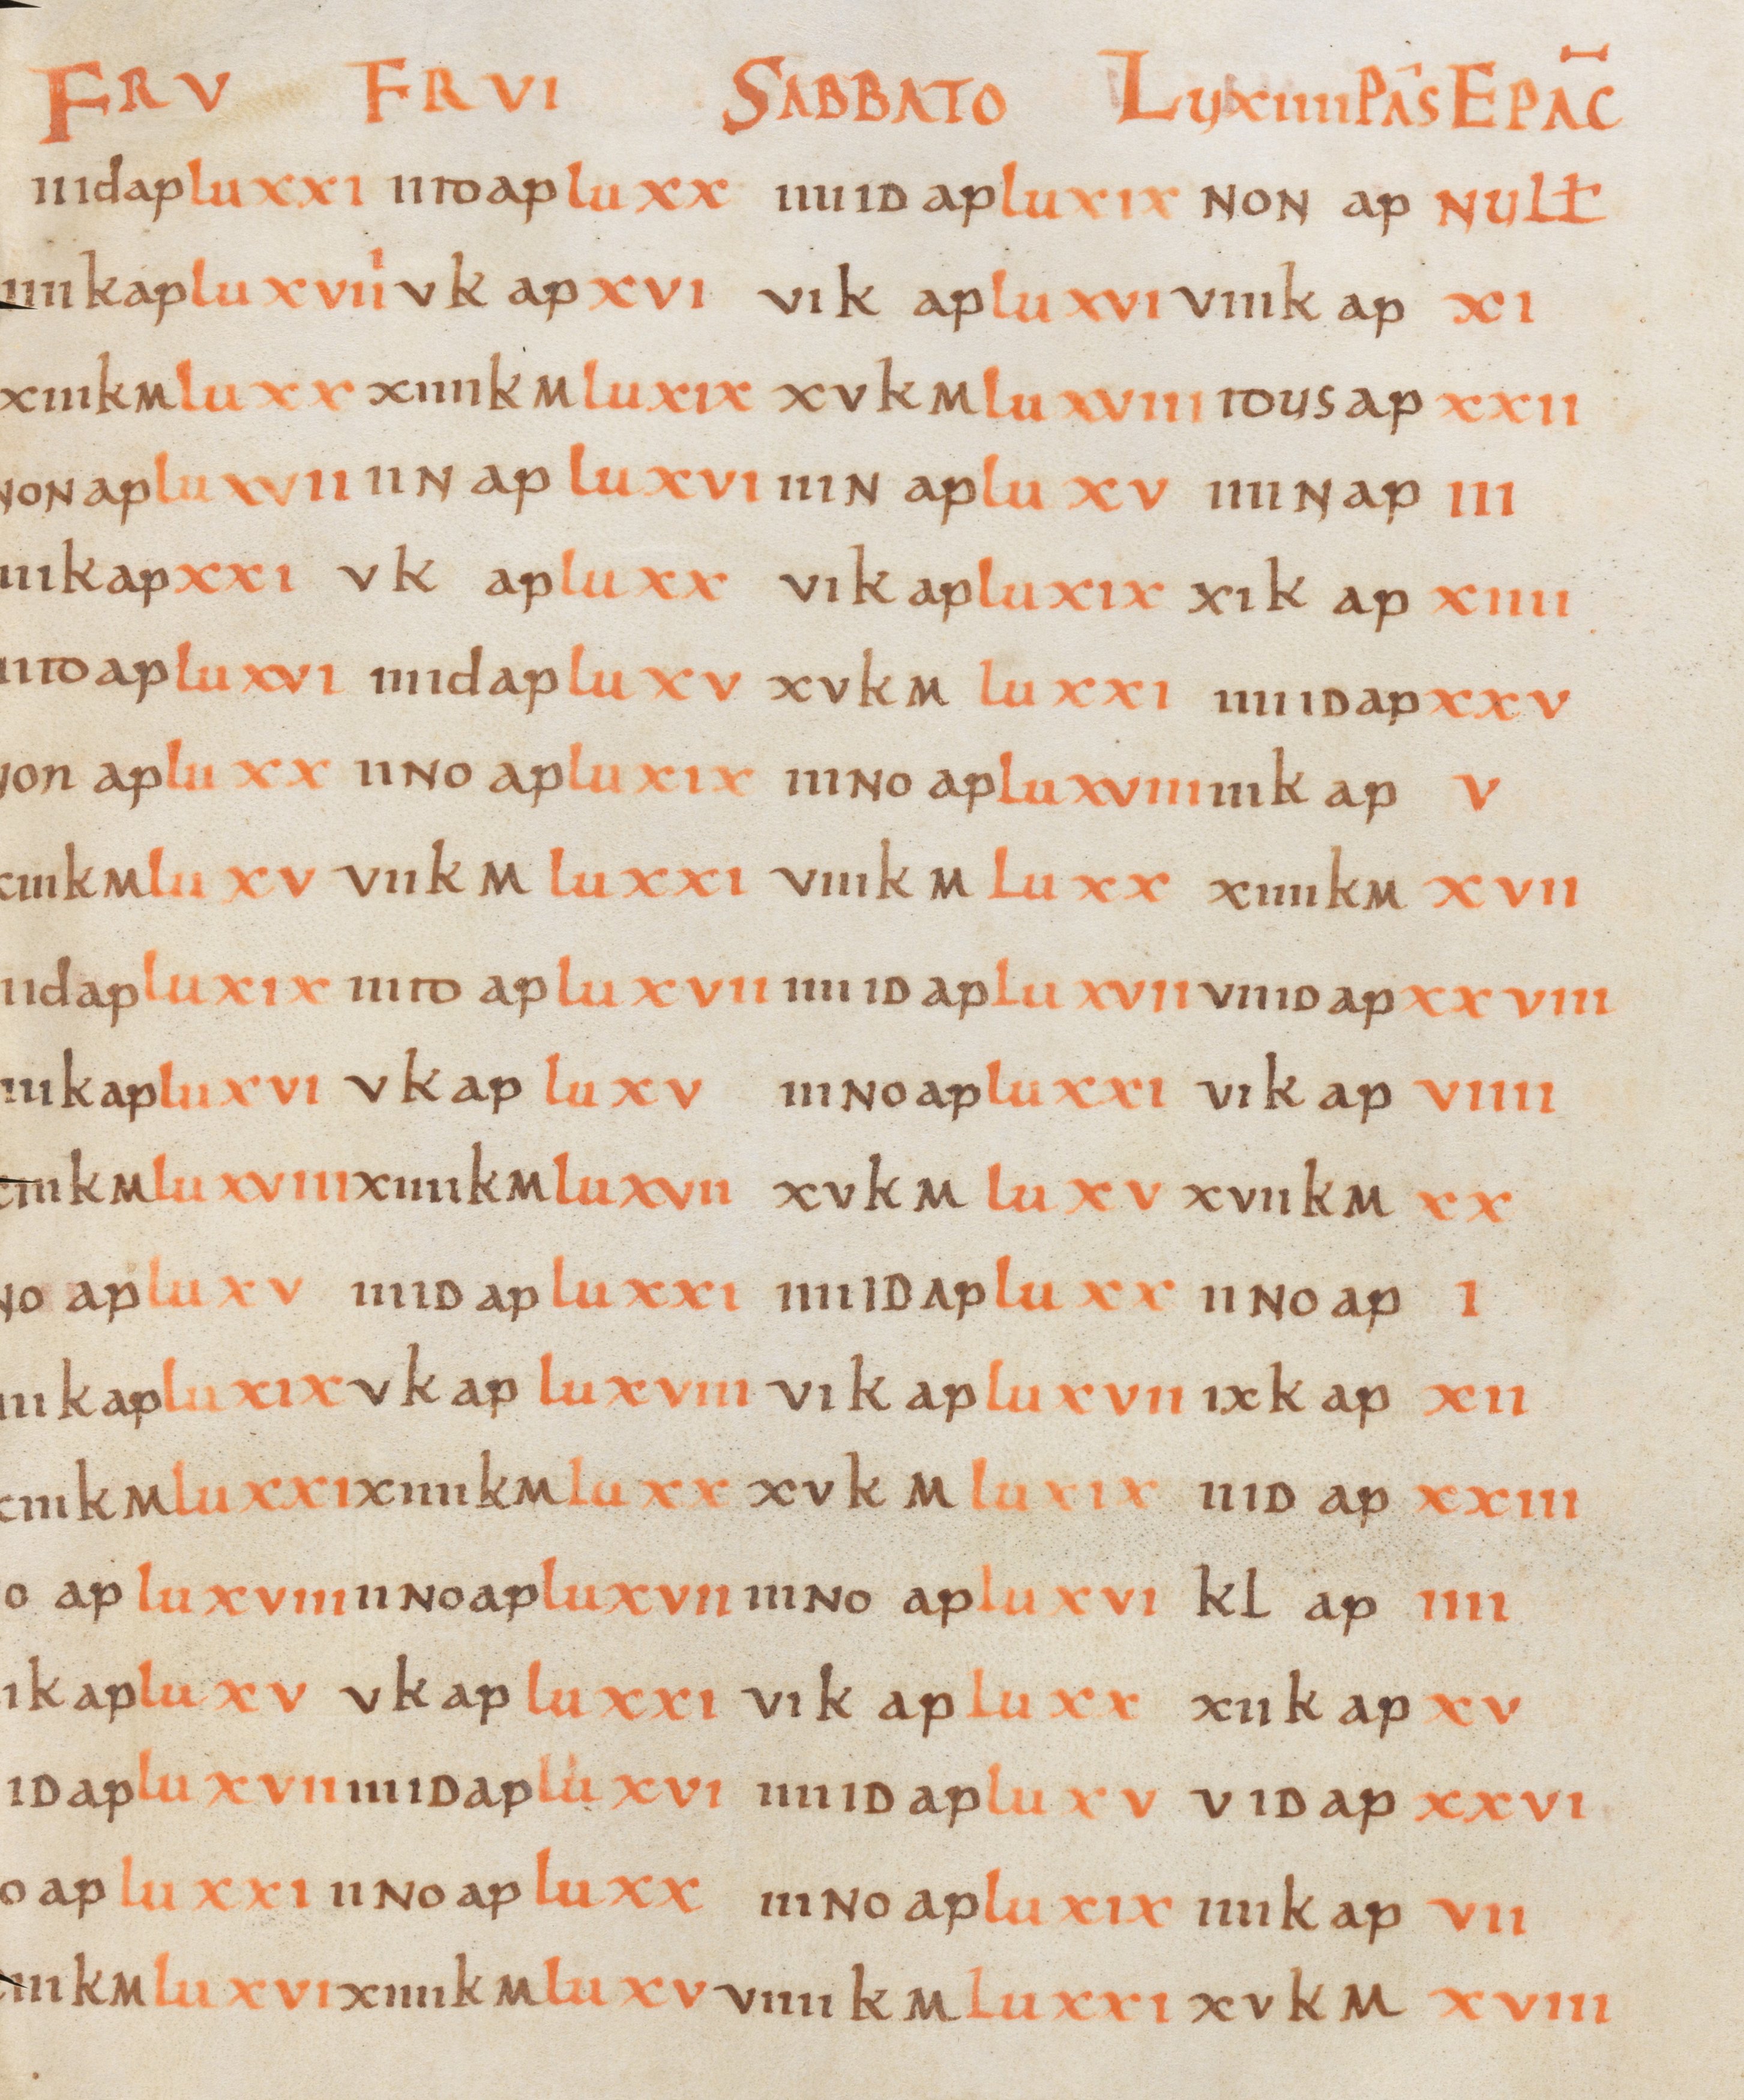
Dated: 800–1299